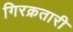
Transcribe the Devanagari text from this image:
गिरक्रतारी